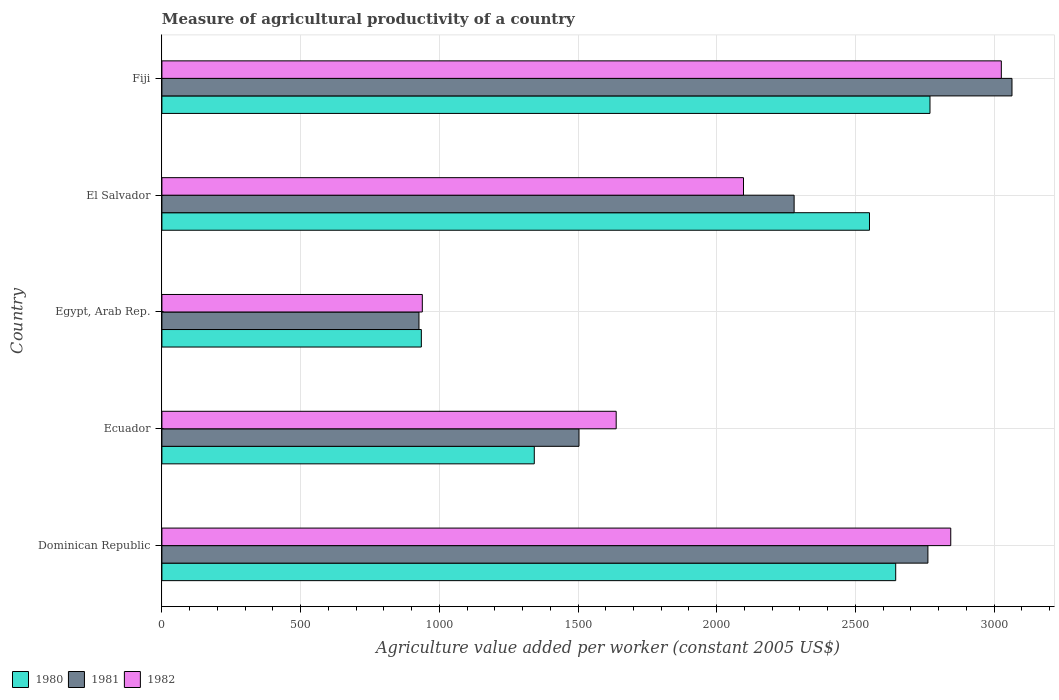
| Country | 1980 | 1981 | 1982 |
 | --- | --- | --- | --- |
 | Dominican Republic | 2.65e+03 | 2.76e+03 | 2.84e+03 |
 | Ecuador | 1.34e+03 | 1.5e+03 | 1.64e+03 |
 | Egypt, Arab Rep. | 935 | 927 | 939 |
 | El Salvador | 2.55e+03 | 2.28e+03 | 2.1e+03 |
 | Fiji | 2.77e+03 | 3.06e+03 | 3.03e+03 |